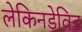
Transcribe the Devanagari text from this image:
लेकिनडेविड